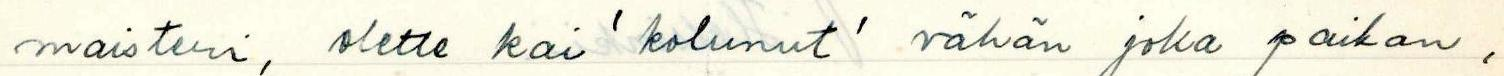
maisteri, olette kai 'kolunut' vähän joka paikan,